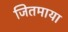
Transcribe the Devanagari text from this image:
जितमाया